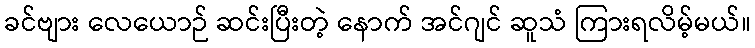
ခင်ဗျား လေယောဉ် ဆင်းပြီးတဲ့ နောက် အင်ဂျင် ဆူသံ ကြားရလိမ့်မယ်။